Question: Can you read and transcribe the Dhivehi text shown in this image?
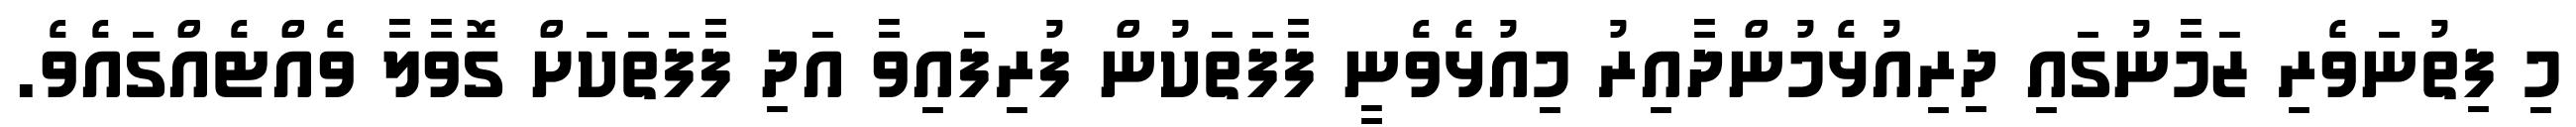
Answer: މި ފިތުނަވެރި ޒަމާނުގައި ދިރިއުޅެމުންދާއިރު މިއުޅެވެނީ ފާފަތަކުން ފުރިފައިވާ އަދި ފާފަތަކަށް ގޮވާލާ ވެއްޓެއްގައެވެ.